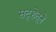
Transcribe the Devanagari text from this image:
सद्‍हेतूने